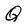
Character: Q